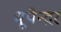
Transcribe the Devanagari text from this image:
भूपेन्‍द्रर